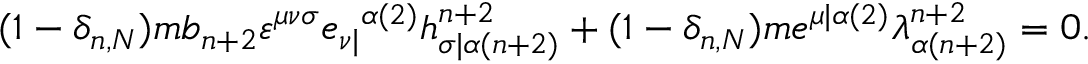
( 1 - \delta _ { n , N } ) m b _ { n + 2 } \varepsilon ^ { \mu \nu \sigma } e _ { \nu | } { } ^ { \alpha ( 2 ) } h _ { \sigma | \alpha ( n + 2 ) } ^ { n + 2 } + ( 1 - \delta _ { n , N } ) m e ^ { \mu | \alpha ( 2 ) } \lambda _ { \alpha ( n + 2 ) } ^ { n + 2 } = 0 .